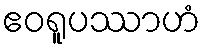
ဧဝရူပဿာဟံ